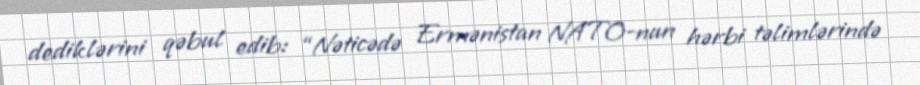
dediklərini qəbul edib: “Nəticədə Ermənistan NATO-nun hərbi təlimlərində